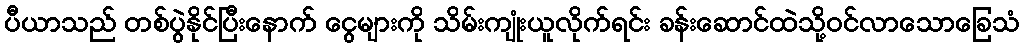
ပီယာသည် တစ်ပွဲနိုင်ပြီးနောက် ငွေများကို သိမ်းကျုံးယူလိုက်ရင်း ခန်းဆောင်ထဲသို့ဝင်လာသောခြေသံ